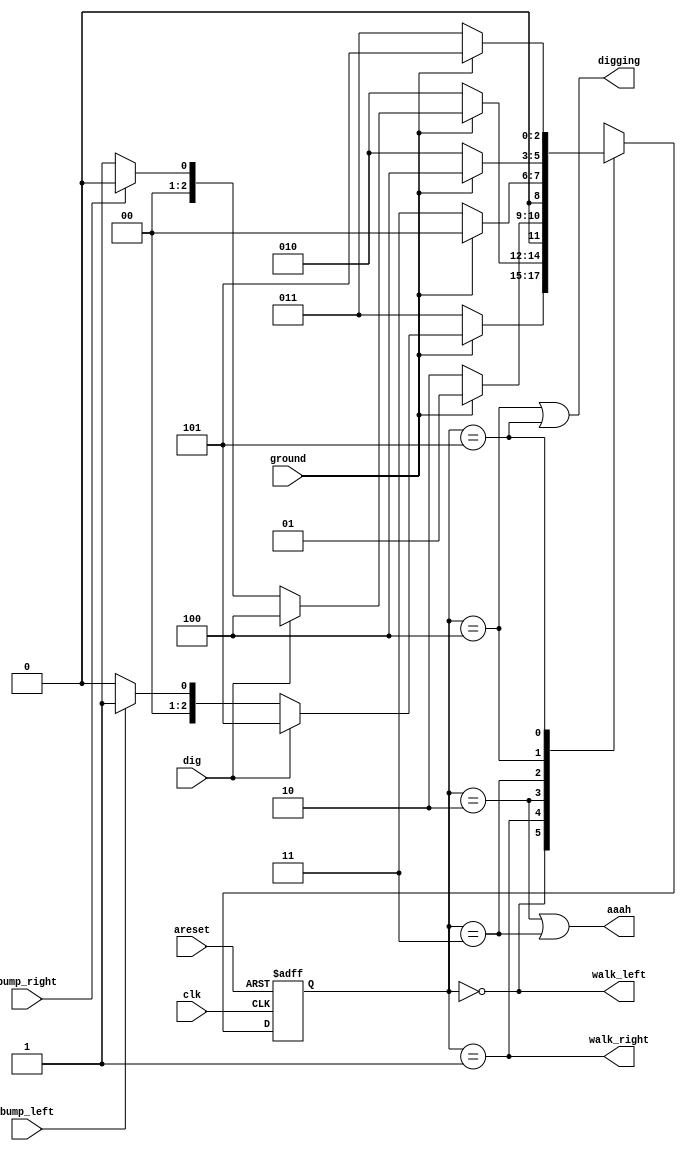
module top_module(
    input clk,
    input areset,    // Freshly brainwashed Lemmings walk left.
    input bump_left,
    input bump_right,
    input ground,
    input dig,
    output walk_left,
    output walk_right,
    output aaah,
    output digging ); 
    
    parameter LEFT=0, RIGHT=1, FALLING_R=2, FALLING_L=3, DIGGING_R=4, DIGGING_L=5;
    reg [2:0] state, next_state;

    always @(*) begin
        // State transition logic
        case(state)
            LEFT: next_state = (ground)?(dig)?DIGGING_L:(bump_left)? RIGHT:LEFT:FALLING_L;
            RIGHT: next_state = (ground)?(dig)?DIGGING_R:(bump_right)? LEFT:RIGHT:FALLING_R;
            FALLING_R: next_state = (ground)? RIGHT: FALLING_R;
            FALLING_L: next_state = (ground)? LEFT: FALLING_L;
            DIGGING_R: next_state = (ground)? DIGGING_R:FALLING_R;
            DIGGING_L: next_state = (ground)? DIGGING_L:FALLING_L;
            default: next_state = 2'bxxx;
        endcase
    end

    always @(posedge clk, posedge areset) begin
        // State flip-flops with asynchronous reset
        if(areset)
            state <= LEFT;
        else
            state <= next_state;
    end

    // Output logic
    assign walk_left = (state == LEFT);
    assign walk_right = (state == RIGHT);
    assign aaah = (state == FALLING_R) | (state == FALLING_L);
    assign digging = (state == DIGGING_R) | (state == DIGGING_L);

endmodule